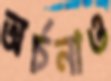
অর্চনাও